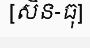
[សិន-ធុ]